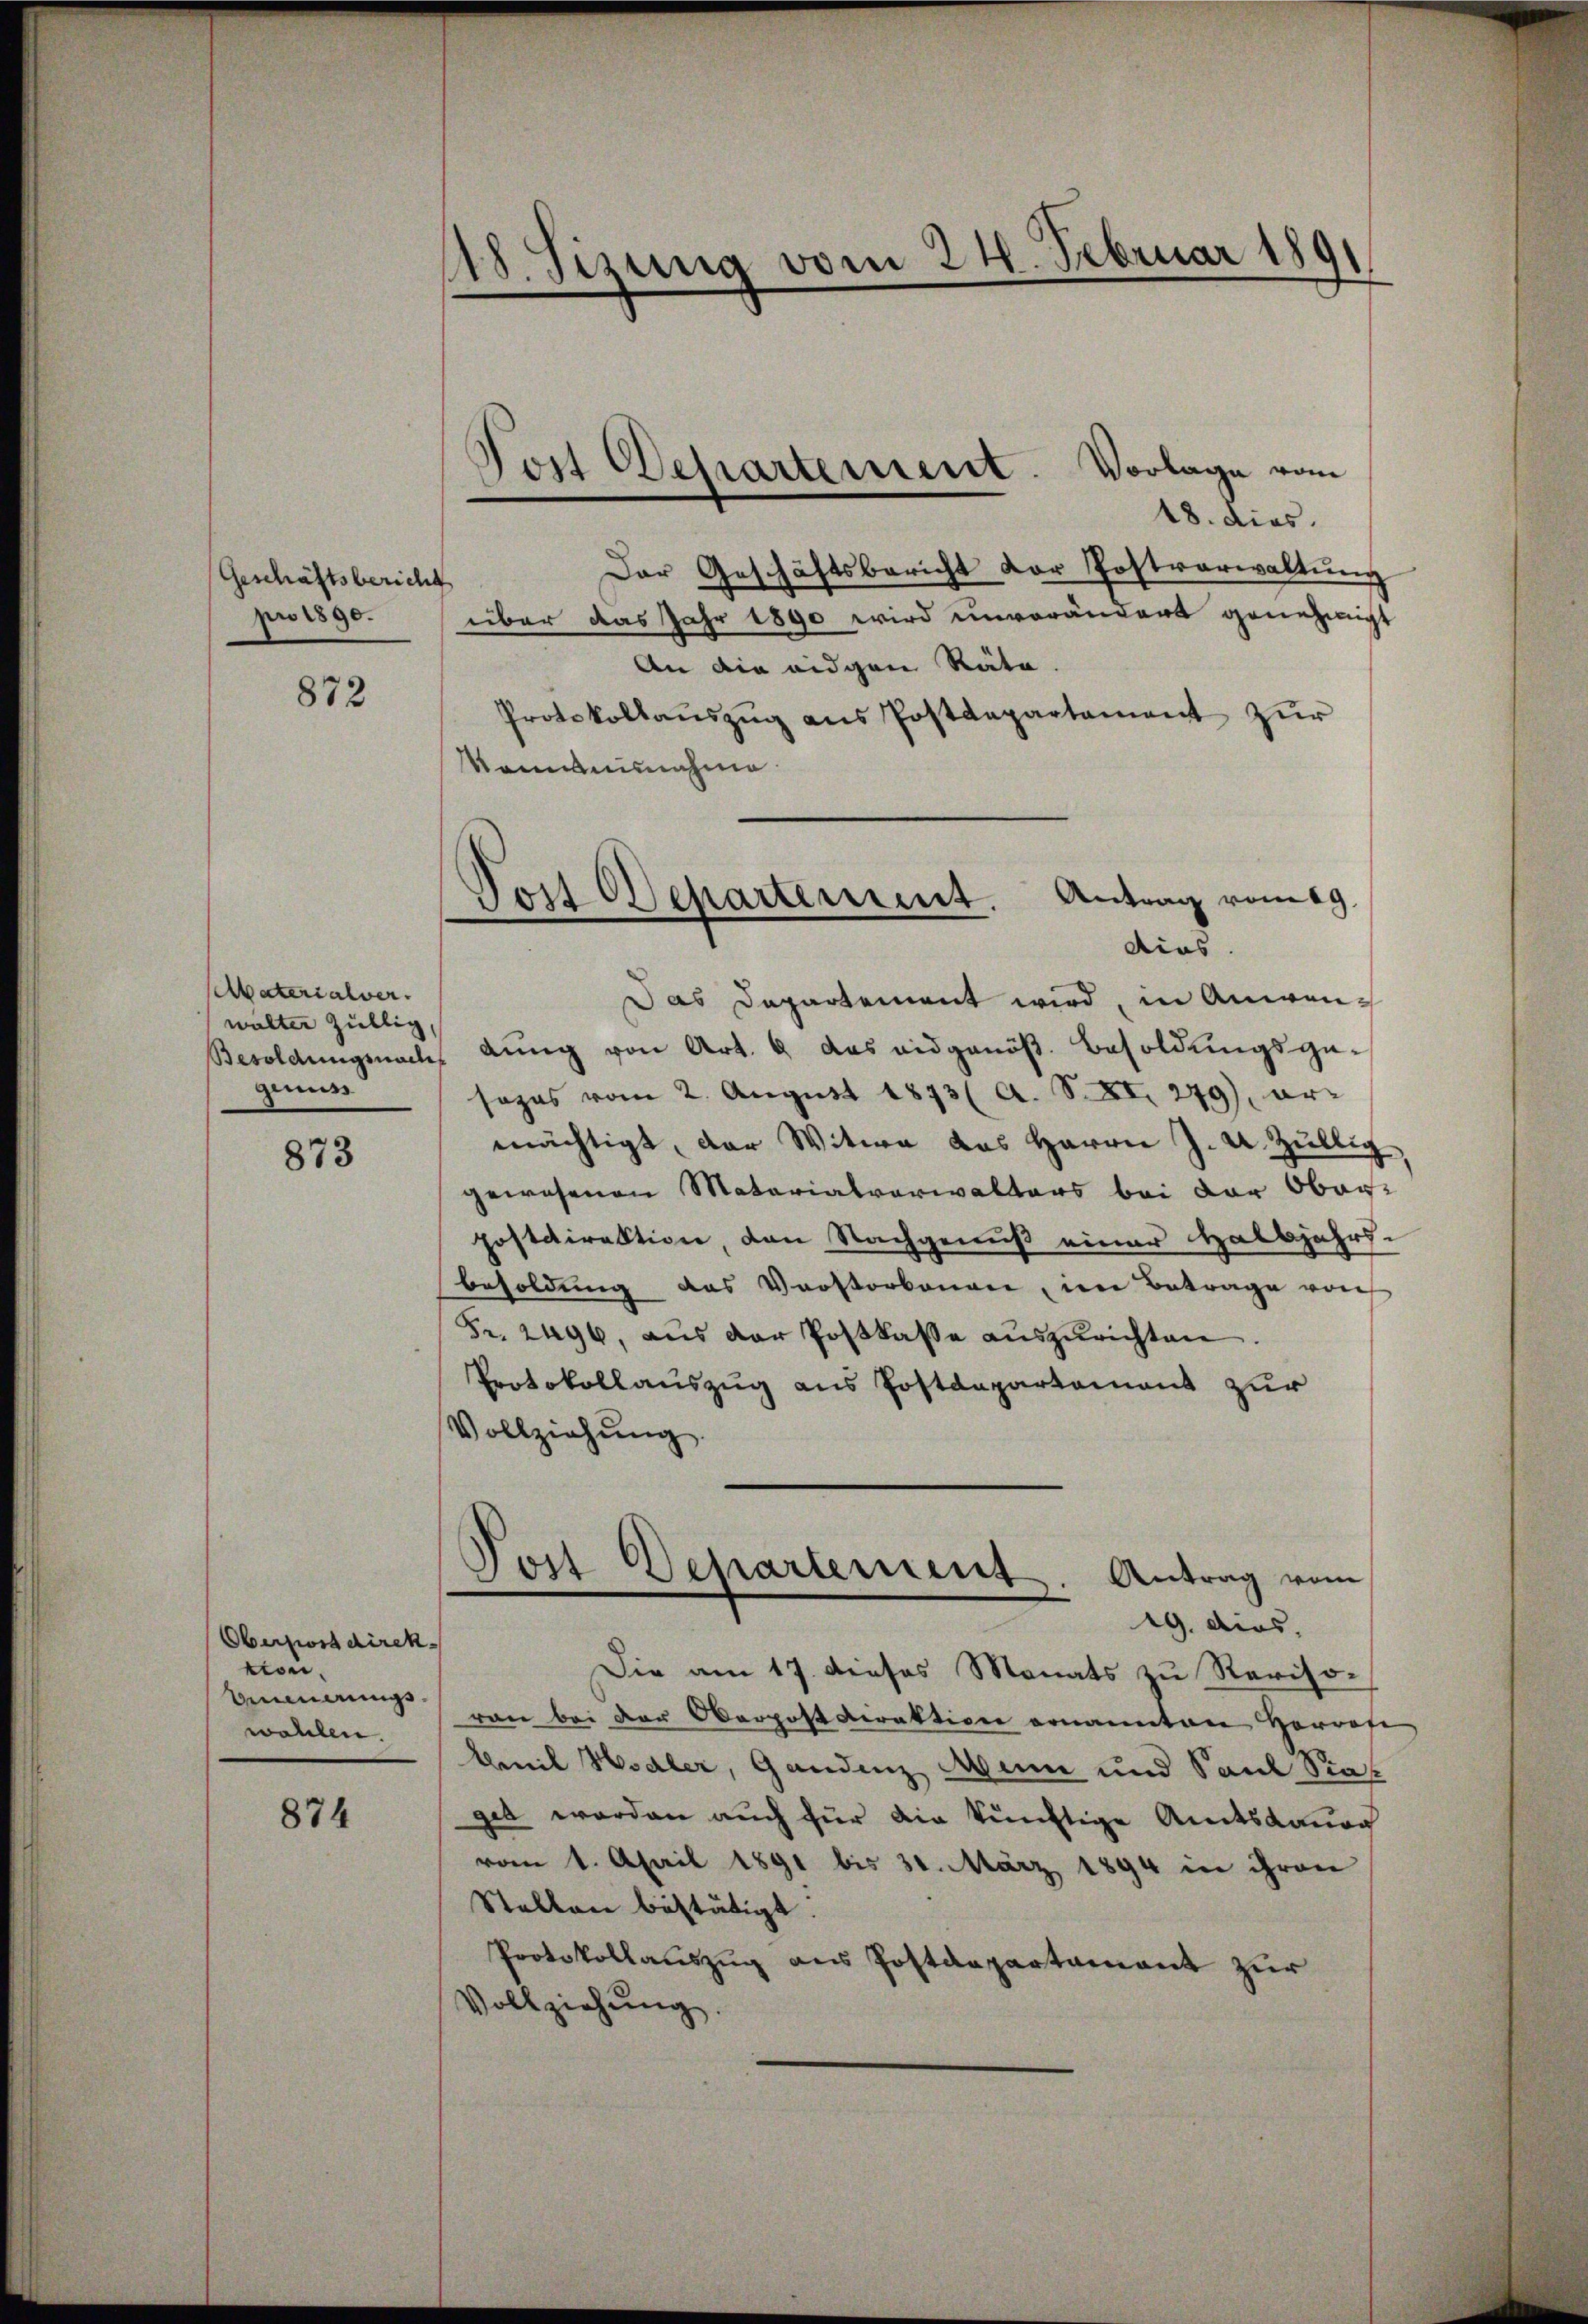
Geschäftsbericht
pro 1890.

872

Avaterialver.
walter Züllig
genuss

873

Oberpostdirek
tion.
Binnerungswahlen.

874

48. Sizung vom 24. Februar 1891

18. dies
Der Geschäftsbericht der Postverwaltŭng
über das Jahr 1890 wird unverändert genehmigt
An die eidgen Räte
Protokollaŭszŭg ans Postdepartament zŭr
Nomninnahme
Das Departement wird, in Anwen¬
Besoldungsnach dŭng von Art. 9 das eidgenöß. Besoldungsge-
sezes vom 2. August 1873 ( A. S. XI. 279), or-
mächtigt, der Witwe das Herrn J. U. Züllig
gewesenen Matarialverwalters bei der Obanpostdirektion, den Nachgenuß einer Halbjahrs-
besoldung das Verstorbenen, im Betrage vor
Fr. 2496, aŭs der Postkasse aŭszŭrichten.
Protokollauszug aus Postdepartament zur
Vollziehŭng.
Post Departement. Antrag vom
|
19. dies,
Die am 17. dieses Monats zu Revisovon bei der Oberpost Direktion ernannten Herrate
bereit Hodler, Gandenz Mine und Paul Stat
gia worden auch für die künftige Amtsdaung
vom 1. April 1891 bis 30. März 1894 in ihren
Stellen bestätigt.
Protokollauszug aus Postdepartamant zur
Vollziehung.

Post Departement. Vorlage vom

Jost Departement. Antrag vom 19.
dias.